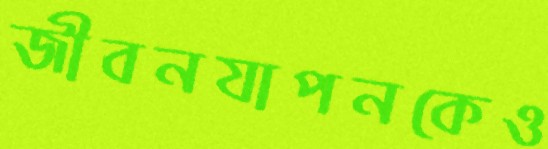
জীবনযাপনকেও